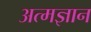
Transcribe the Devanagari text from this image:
अत्मज्ञान